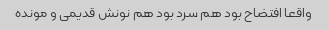
واقعا افتضاح بود هم سرد بود هم نونش قدیمی و مونده